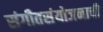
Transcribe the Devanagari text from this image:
संगीतसंयोजनाची